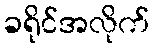
ခရိုင်အလိုက်